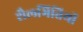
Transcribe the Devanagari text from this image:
शैलभित्तियों